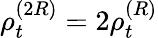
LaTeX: \rho_{t}^{(2R)}=2\rho_{t}^{(R)}